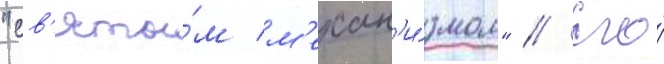
"св'яты́м м'ехан'и́змом" // Его́